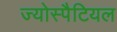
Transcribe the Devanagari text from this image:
ज्योस्पैटियल